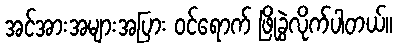
အင်အားအများအပြား ဝင်ရောက် ဖြိုခွဲလိုက်ပါတယ်။